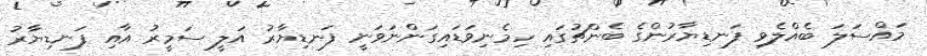
މައްސަލަ ބެއްލެވި ފަނޑިޔާރުންގެ ބެންޗުގައި ހިމެނިވަޑައިގަންނަވަނީ ފަނޑިޔާރު އަލީ ސަމީރު އާއި ފަނޑިޔާރު